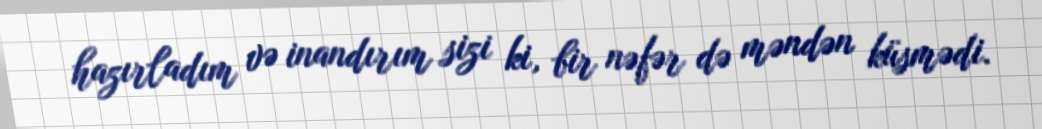
hazırladım və inandırım sizi ki, bir nəfər də məndən küsmədi.